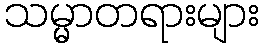
သမ္မာတရားများ